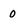
Character: 0